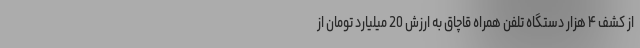
از کشف ۴ هزار دستگاه تلفن همراه قاچاق به ارزش 20 میلیارد تومان از